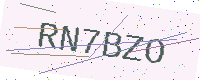
Text: RN7BZO